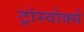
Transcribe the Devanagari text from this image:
ट्रांस्वोर्क्स